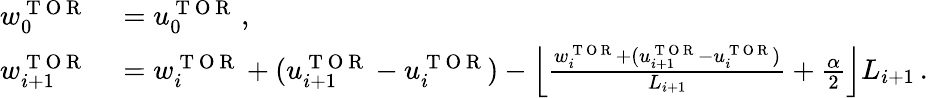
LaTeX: \begin{array}{rl}{w_{0}^{\mathrm{~T~O~R~}}}&{{}=u_{0}^{\mathrm{~T~O~R~}}\, ,}\\ {w_{i+1}^{\mathrm{~T~O~R~}}}&{{}=w_{i}^{\mathrm{~T~O~R~}}+(u_{i+1}^{\mathrm{~T~O~R~}}-u_{i}^{\mathrm{~T~O~R~}})-\left\lfloor\frac{w_{i}^{\mathrm{~T~O~R~}}+(u_{i+1}^{\mathrm{~T~O~R~}}-u_{i}^{\mathrm{~T~O~R~}})}{L_{i+1}}+\frac{\alpha}{2}\right\rfloor L_{i+1}\, .}\end{array}